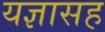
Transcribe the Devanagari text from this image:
यज्ञासह